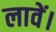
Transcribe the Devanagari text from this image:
लावें।